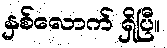
နှစ်လောက် ရှိပြီ။